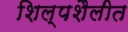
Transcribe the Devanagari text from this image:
शिल्पशैलीत